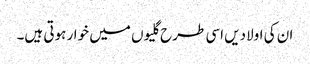
ان کی اولادیں اسی طرح گلیوں میں خوار ہوتی ہیں۔